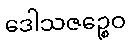
ဒေါသဇဉ္စေဝ